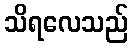
သိရလေသည်